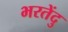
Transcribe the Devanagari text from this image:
भरतेंदु